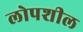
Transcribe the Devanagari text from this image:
लोपशील